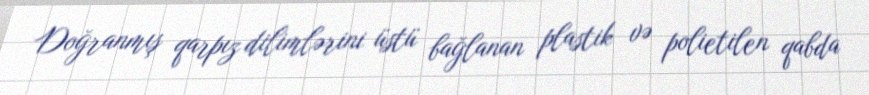
Doğranmış qarpız dilimlərini üstü bağlanan plastik və polietilen qabda